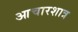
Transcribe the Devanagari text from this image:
आचारशात्र